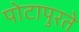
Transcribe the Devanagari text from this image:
पोटापुरते